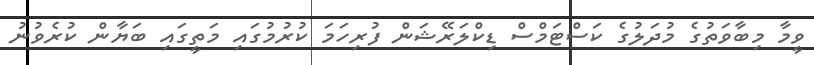
ވީމާ މިބާވަތުގެ މުދަލުގެ ކަސްޓަމްސް ޑިކްލަރޭޝަން ފުރިހަމަ ކުރުމުގައި މަތީގައި ބަޔާން ކުރެވުނު